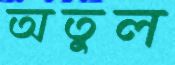
অতুল